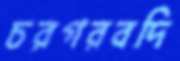
চরগরবদি